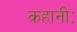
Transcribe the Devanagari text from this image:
कहानीः